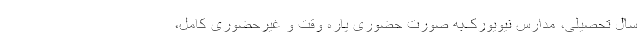
سال تحصیلی، مدارس نیویورک‌به صورت حضوری پاره وقت و غیرحضوری کامل،